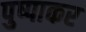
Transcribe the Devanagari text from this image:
पुष्पाकर